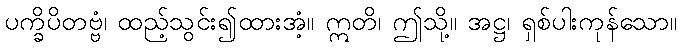
ပက္ခိပိတဗ္ဗံ၊ ထည့်သွင်း၍ထားအံ့။ ဣတိ၊ ဤသို့။ အဋ္ဌ၊ ရှစ်ပါးကုန်သော။